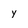
Character: y